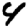
Digit: 4